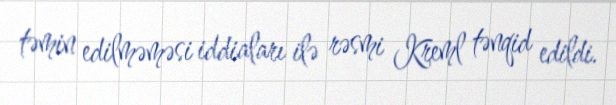
təmin edilməməsi iddiaları ilə rəsmi Kreml tənqid edildi.